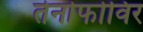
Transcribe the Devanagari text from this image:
तेनोफोविर